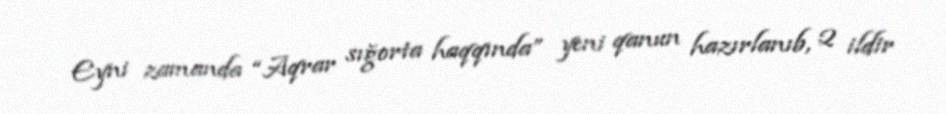
Eyni zamanda “Aqrar sığorta haqqında” yeni qanun hazırlanıb, 2 ildir